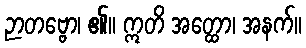
ဉာတဗ္ဗော၊ ၏။ ဣတိ အတ္ထော၊ အနက်။